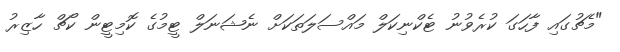
"މެޗުގައި ފާހަގަ ކުރެވުނު ޓެކްނިކަލް މައްސަލަތަކަށް ނެޝަނަލް ޓީމުގެ ކޮމިޓީން ކޯޗް ހާޒިރު